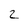
Character: 2